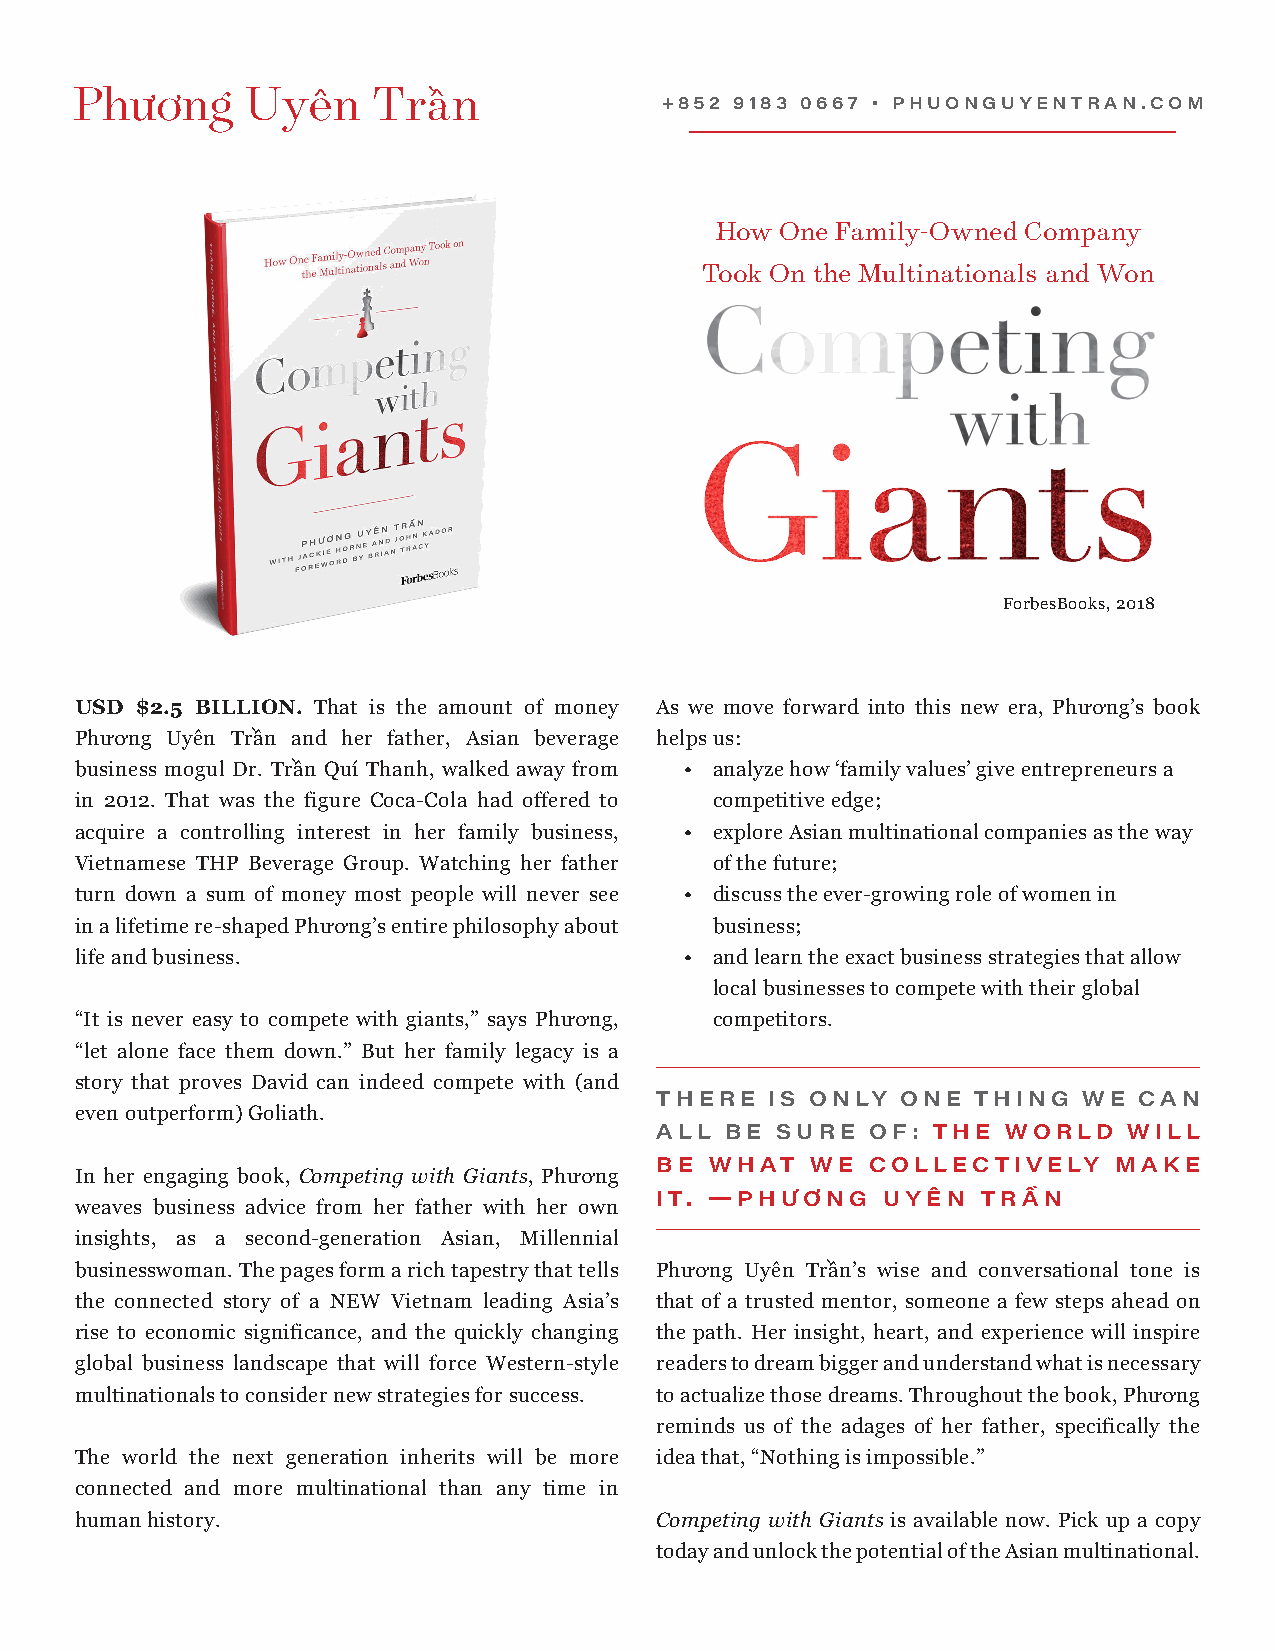
+852 9183 0667 • PHUONGUYENTRAN.COM
 How  One Family-Owned Company
 Took On the Multinationals and Won
 ForbesBooks, 2018
 USD $2.5 BILLION. That is the amount of money As we move forward into this new era, Phương’s book
 Phương Uyên Trần and her father, Asian beverage helps us:
 business mogul Dr. Trần Quí Thanh, walked away from • analyze how ‘family values’ give entrepreneurs a
 in 2012. That was the figure Coca-Cola had offered to competitive edge;
 acquire a controlling interest in her family business, • explore Asian multinational companies as the way
 Vietnamese THP Beverage Group. Watching her father of the future;
 turn down a sum of money most people will never see • discuss the ever-growing role of women in
 in a lifetime re-shaped Phương’s entire philosophy about business;
 life and business.                      • and learn the exact business strategies that allow
 local businesses to compete with their global
 “It is never easy to compete with giants,” says Phương, competitors.
 “let alone face them down.” But her family legacy is a
 story that proves David can indeed compete with (and
 THERE   IS ONLY  ONE THING   WE CAN
 even outperform) Goliath.
 ALL  BE SURE   OF: THE  WORLD   WILL
 BE  WHAT   WE  COLLECTIVELY    MAKE
 In her engaging book, Competing with Giants, Phương
 IT. —PHƯƠNG    UYÊN   TRẦN
 weaves business advice from her father with her own
 insights, as a second-generation Asian, Millennial
 businesswoman. The pages form a rich tapestry that tells Phương Uyên Trần’s wise and conversational tone is
 the connected story of a NEW Vietnam leading Asia’s that of a trusted mentor, someone a few steps ahead on
 rise to economic significance, and the quickly changing the path. Her insight, heart, and experience will inspire
 global business landscape that will force Western-style readers to dream bigger and understand what is necessary
 multinationals to consider new strategies for success. to actualize those dreams. Throughout the book, Phương
 reminds us of the adages of her father, specifically the
 The world the next generation inherits will be more idea that, “Nothing is impossible.”
 connected and more multinational than any time in
 human history.                        Competing with Giants is available now. Pick up a copy
 today and unlock the potential of the Asian multinational.